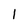
Character: l